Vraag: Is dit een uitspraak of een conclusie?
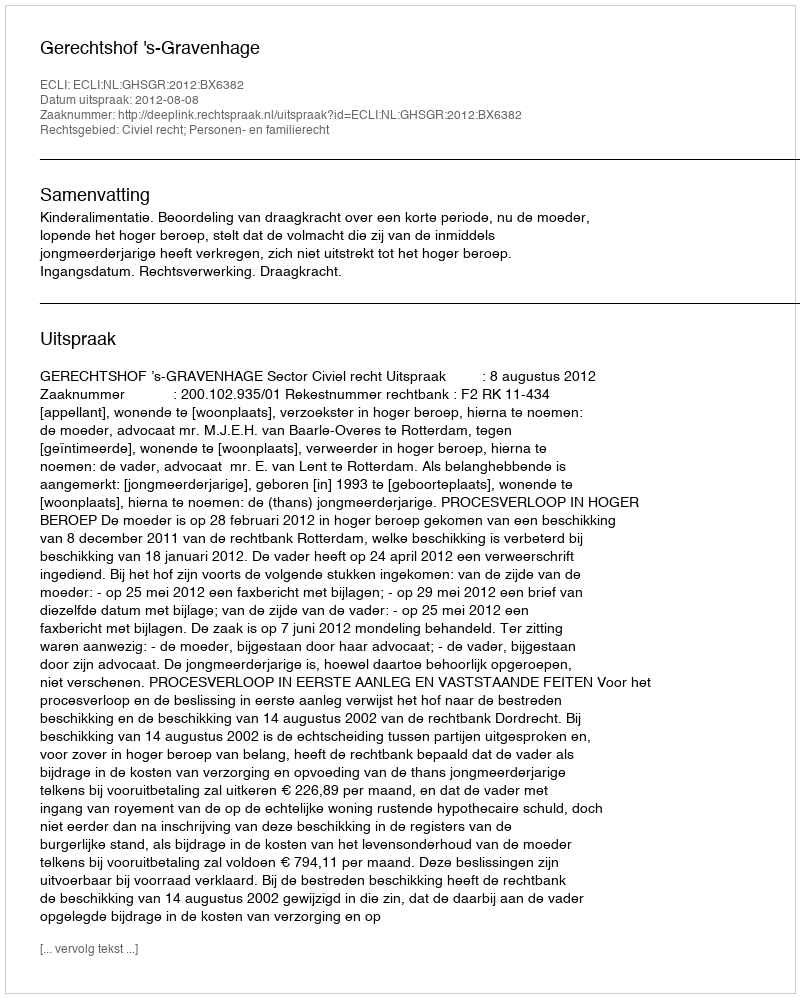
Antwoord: Uitspraak